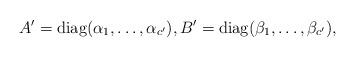
LaTeX: \begin{align*}A'=\mbox{diag}(\alpha_1,\ldots,\alpha_{c'}),B'=\mbox{diag}(\beta_1,\ldots,\beta_{c'}) ,\end{align*}